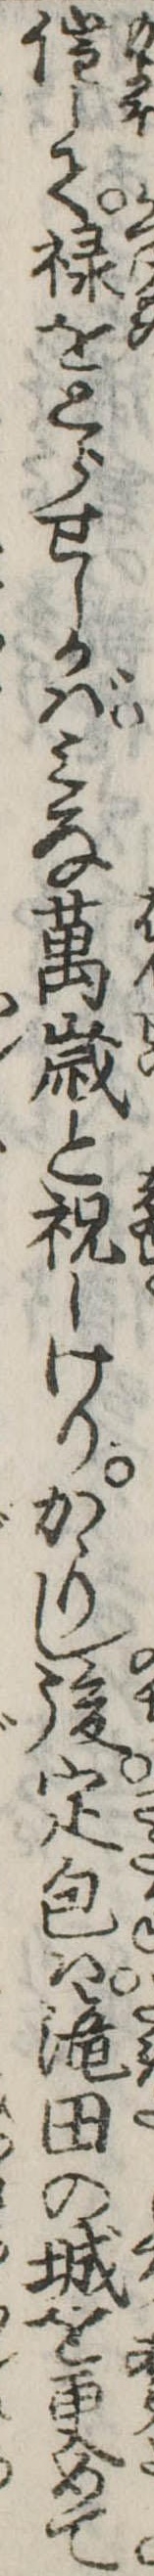
催して禄をとらせしかばみな万歳と祝しけりかゝりし後定包は滝田の城を更めて